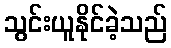
သွင်းယူနိုင်ခဲ့သည်